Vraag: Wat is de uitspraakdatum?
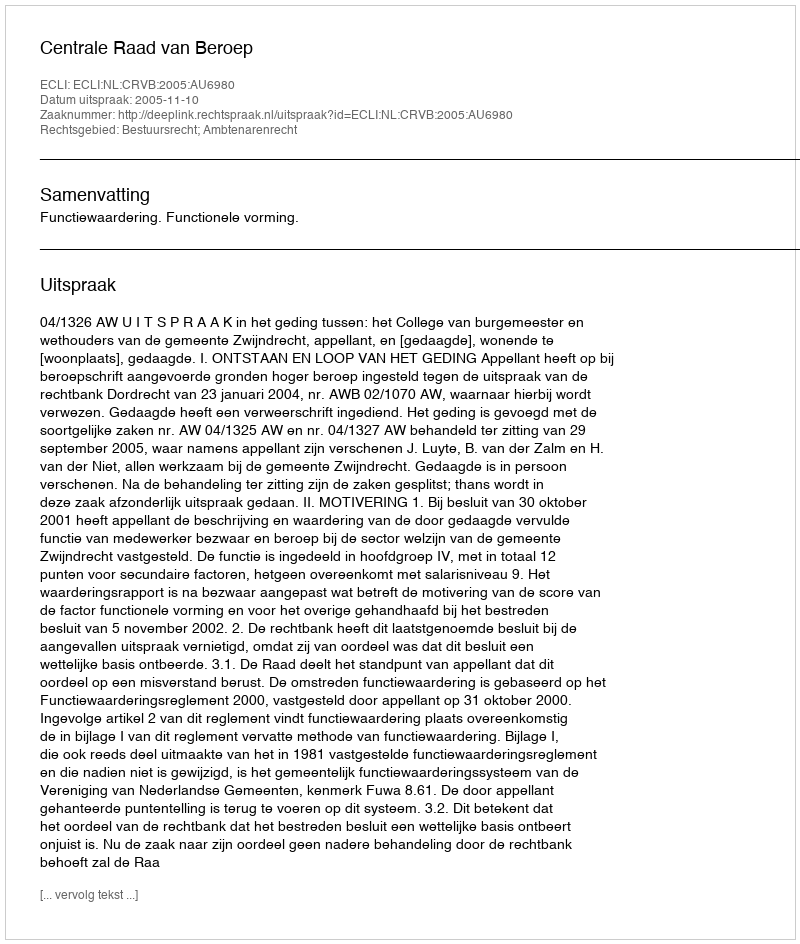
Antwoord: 2005-11-10